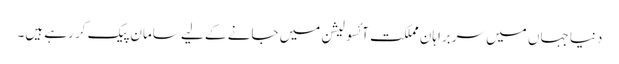
دنیا جہاں میں سربراہانِ مملکت آئسولیشن میں جانے کے لیے سامان پیک کر رہے ہیں۔